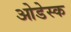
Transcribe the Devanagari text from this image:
ओडेस्क